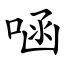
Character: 㖤